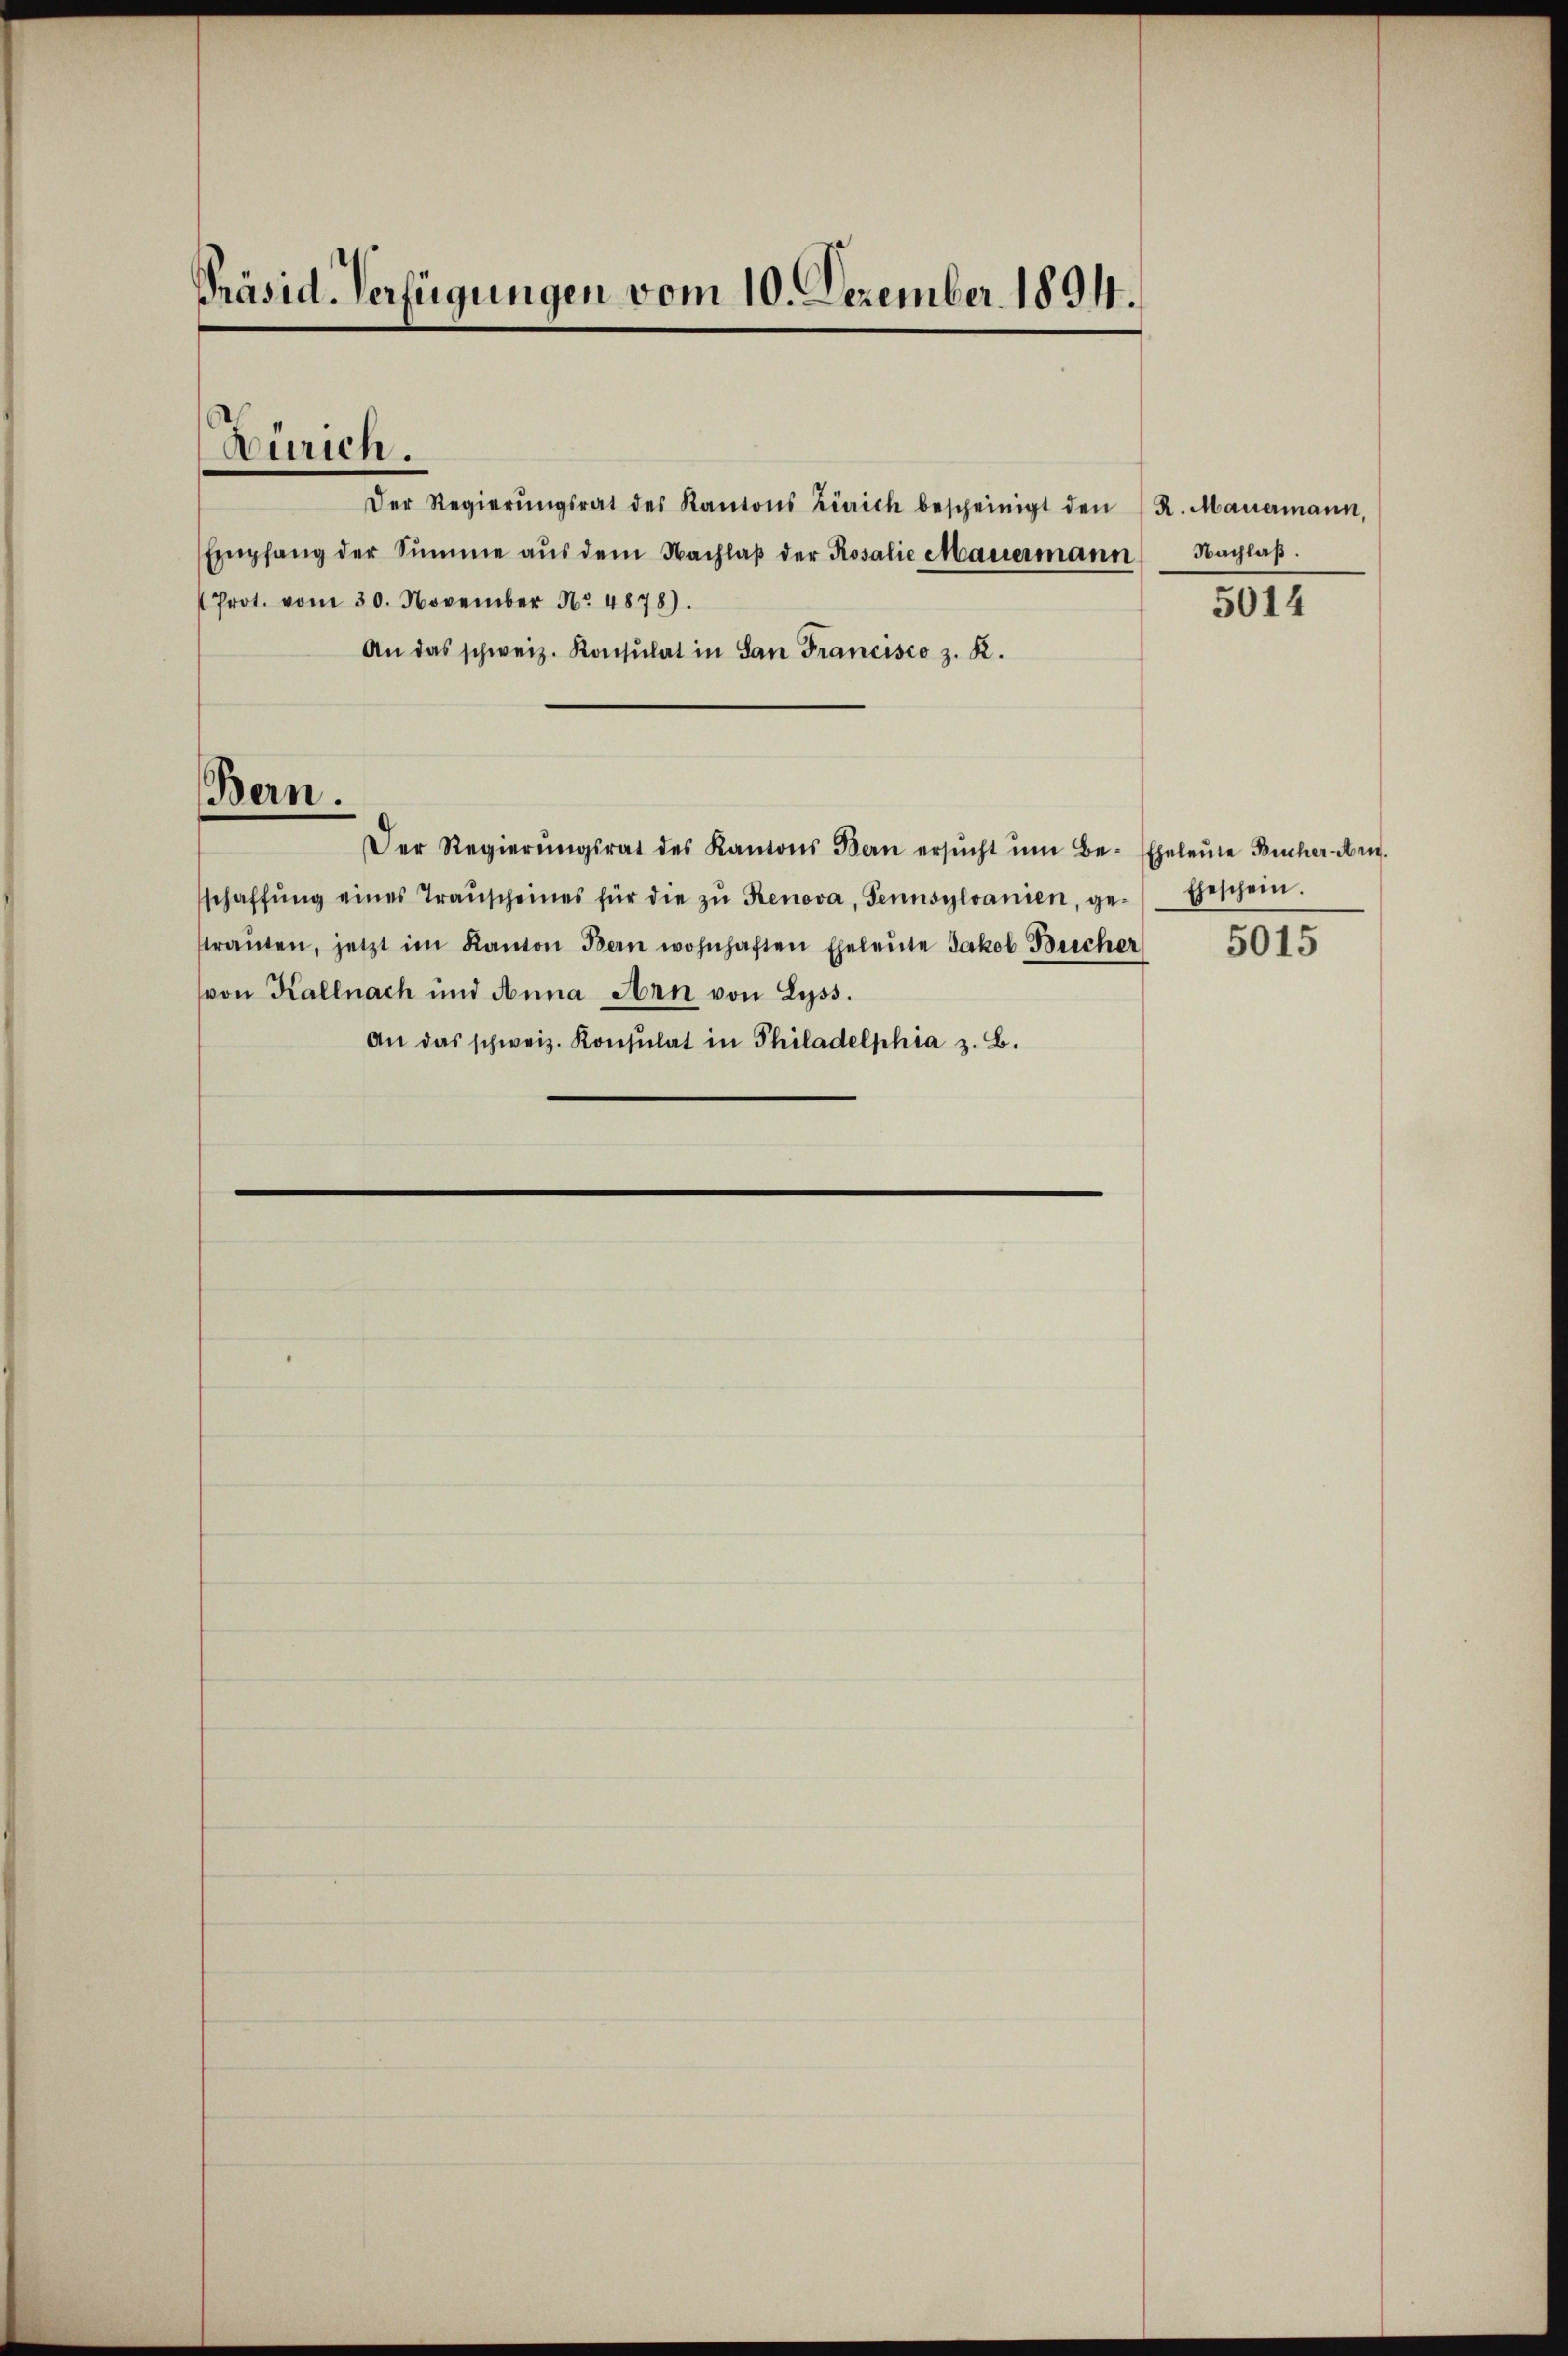
Präsid-Verfügungen vom 10. Dezember 1894.

Zürich.

Der Regierŭngsrat des Kantons Zürich bescheinigt den R. Mauermann,
Empfang der Summe aŭs dem Nachlaβ der Rosalie Mauermann Nachlaβ.
Prot. vom 30. November No. 4878).
An das schweiz. Konsulat in San Francisco z. K.
Der Regierŭngsrat des Kantons Bern ersŭcht ŭm Be- Eheleute Bücher Arn.
schaffŭng eines Transcheines für die zŭ Renova, Tennsylvanien, ge- Eheschein.
traŭten, jetzt im Kanton Bern wohnhaften Eheleŭte Jakob Bücher
von Kallnach und Anna Arn von Lyss.
An das schweiz. Konsulat in Philadelphia z. B.

Bern.

5014

5015